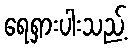
ရေရှားပါးသည့်